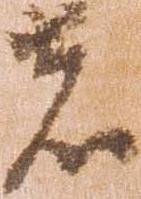
者